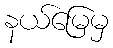
နယ်မြေမှ